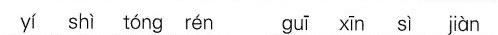
yi shi tong ren gui xin si jian